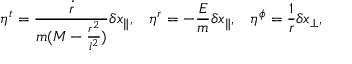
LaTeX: \eta ^ { t } = \frac { \dot { r } } { m ( M - \frac { r ^ { 2 } } { l ^ { 2 } } ) } \delta x _ { \parallel } , \; \; \; \eta ^ { r } = - \frac { E } { m } \delta x _ { \parallel } , \; \; \; \eta ^ { \phi } = \frac { 1 } { r } \delta x _ { \perp } ,